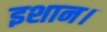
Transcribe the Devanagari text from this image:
इशान।